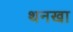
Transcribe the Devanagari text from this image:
थनखा